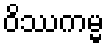
ဝိဿကမ္မ